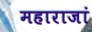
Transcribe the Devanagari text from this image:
महाराजां